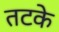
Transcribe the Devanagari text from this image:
तटके